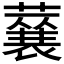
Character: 𮑽